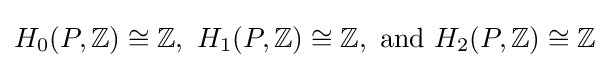
H_{0}(P,\mathbb {Z} )\cong \mathbb {Z} ,\ H_{1}(P,\mathbb {Z} )\cong \mathbb {Z} ,\ {\text{and}}\ H_{2}(P,\mathbb {Z} )\cong \mathbb {Z}